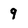
Character: 9